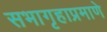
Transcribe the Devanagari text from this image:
सभागृहाप्रमाणे